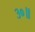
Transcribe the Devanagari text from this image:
३०॥